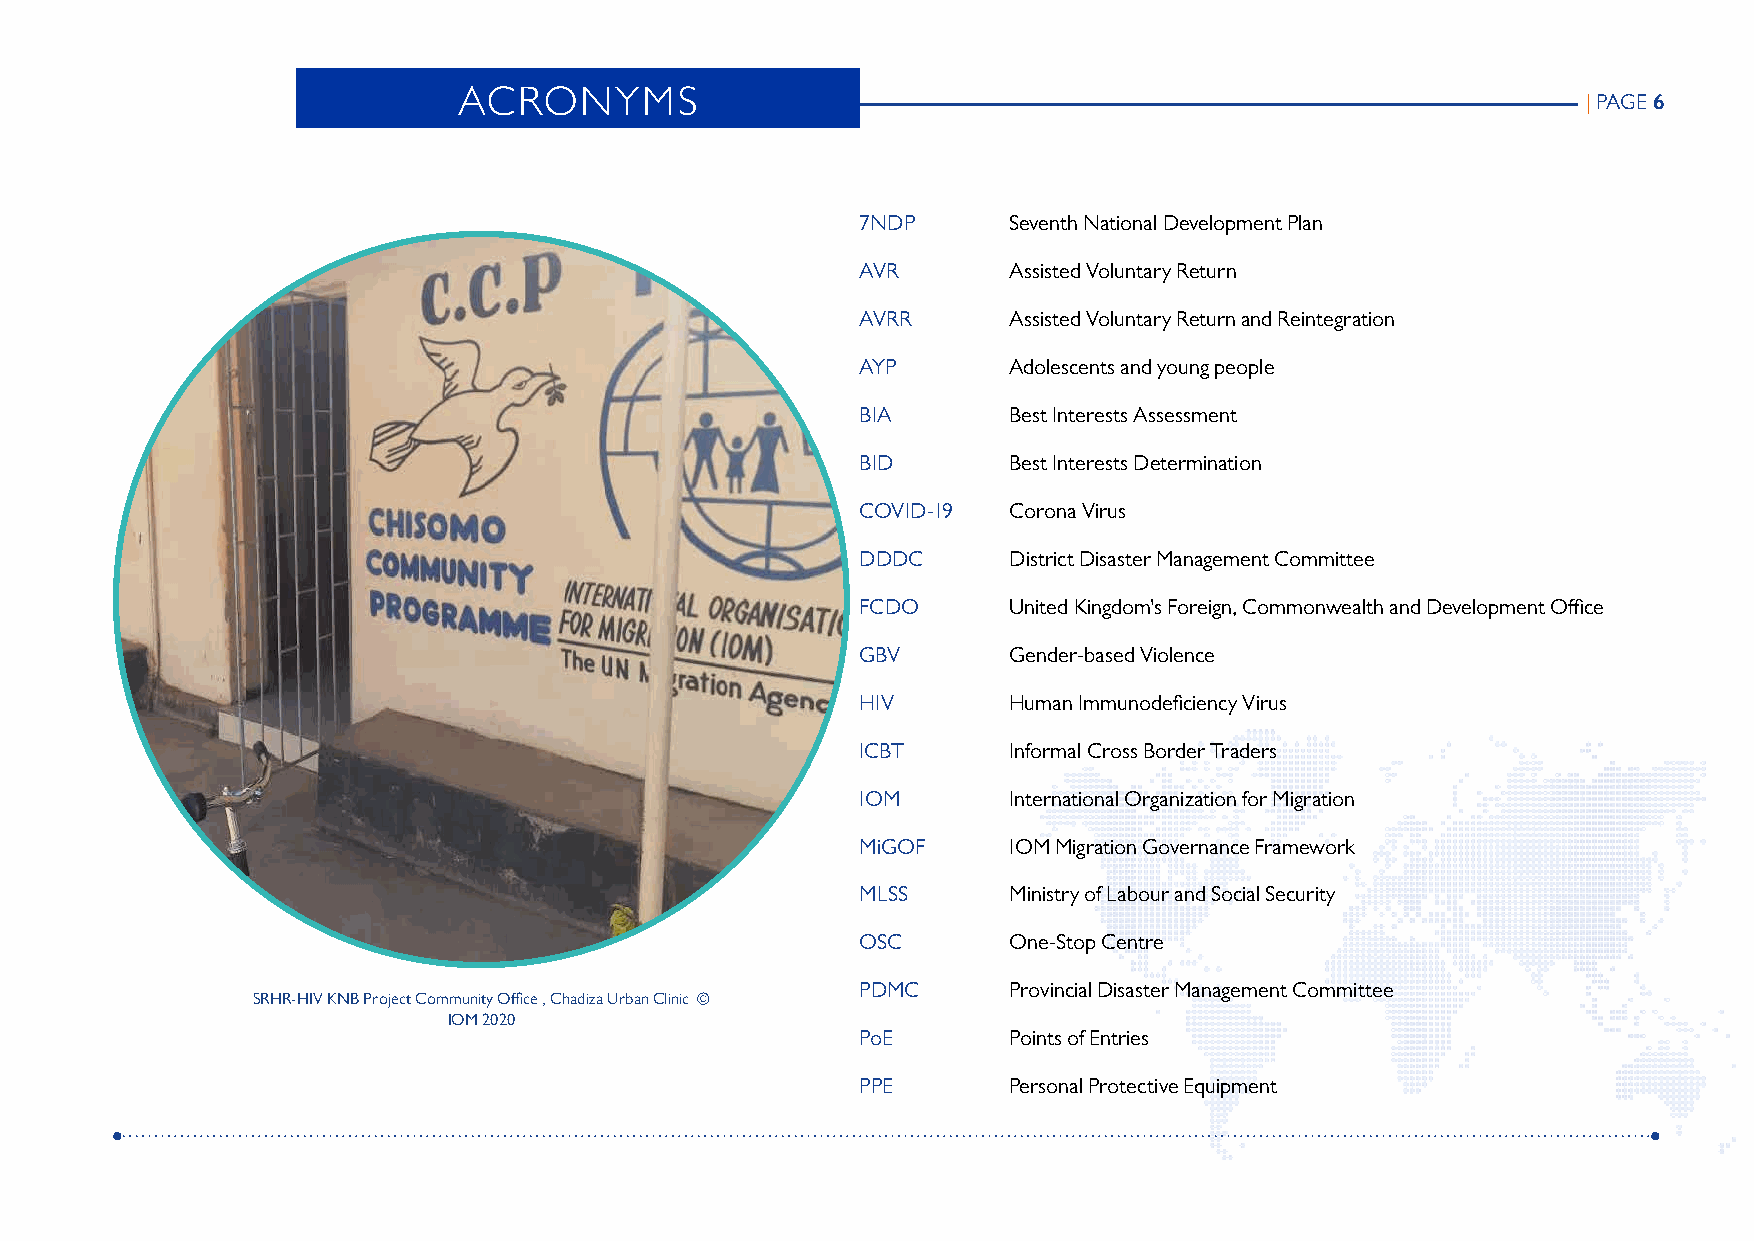
ACRONYMS
 | PAGE 6
 7NDP      Seventh National Development Plan
 AVR       Assisted Voluntary Return
 AVRR      Assisted Voluntary Return and Reintegration
 AYP       Adolescents and young people
 BIA       Best Interests Assessment
 BID       Best Interests Determination
 COVID-19  Corona Virus
 DDDC      District Disaster Management Committee
 FCDO      United Kingdom's Foreign, Commonwealth and Development Office
 GBV       Gender-based Violence
 HIV       Human Immunodeficiency Virus
 ICBT      Informal Cross Border Traders
 IOM       International Organization for Migration
 MiGOF     IOM Migration Governance Framework
 MLSS      Ministry of Labour and Social Security
 OSC       One-Stop Centre
 PDMC      Provincial Disaster Management Committee
 SRHR-HIV KNB Project Community Office , Chadiza Urban Clinic ©
 IOM 2020
 PoE       Points of Entries
 PPE       Personal Protective Equipment